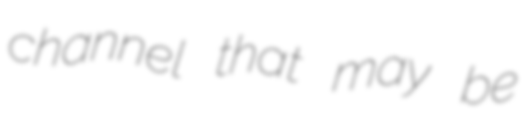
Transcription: channel that may be